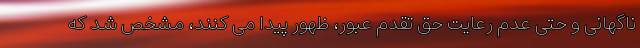
ناگهانی و حتی عدم رعایت حق تقدم عبور، ظهور پیدا می کنند، مشخص شد که